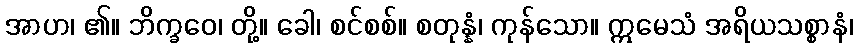
အာဟ၊ ၏။ ဘိက္ခဝေ၊ တို့။ ခေါ၊ စင်စစ်။ စတုန္နံ၊ ကုန်သော။ ဣမေသံ အရိယသစ္စာနံ၊